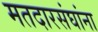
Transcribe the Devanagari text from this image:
मतदारसंघांना